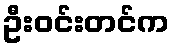
ဦးဝင်းတင်က